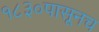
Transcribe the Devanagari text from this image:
१८३०पासूनच